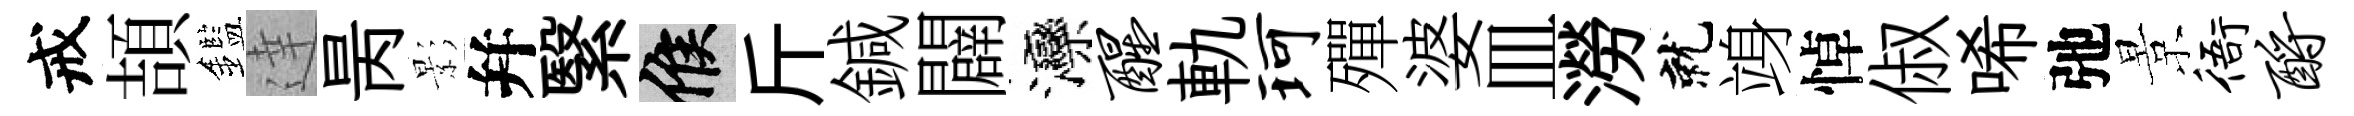
戒頡鑑達昺影幷繄候斤鍼闢灤醒軌珂殫婆皿澇就竧悼俶唏弛景衙酹